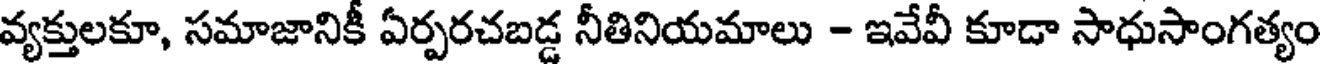
వ్యక్తులకూ, సమాజానికీ ఏర్పరచబడ్డ నీతినియమాలు - ఇవేవీ కూడా సాధుసాంగత్యం